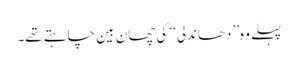
پہلے وہ’’ دھاندلی‘‘ کی چھان بین چاہتے تھے۔